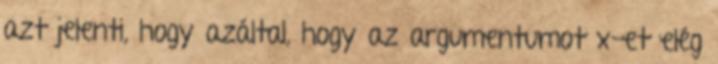
azt jelenti, hogy azáltal, hogy az argumentumot x-et elég